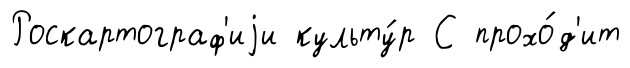
Роскартограф'иjи культу́р С прохо́д'ит